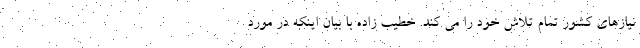
نیازهای کشور تمام تلاش خود را می کند. خطیب زاده با بیان اینکه در مورد